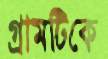
গ্রামটিকে